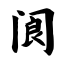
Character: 阆